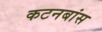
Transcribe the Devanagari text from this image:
कटनबांस